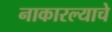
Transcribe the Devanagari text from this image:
नाकारल्याचे